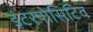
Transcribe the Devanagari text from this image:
इंटरपोसिटिव